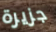
جزيرة